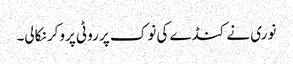
نوری نے کنڈے کی نوک پر روٹی پروکر نکالی۔